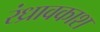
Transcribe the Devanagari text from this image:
रंध्रावकाश